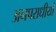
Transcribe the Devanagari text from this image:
अनपराधीयों